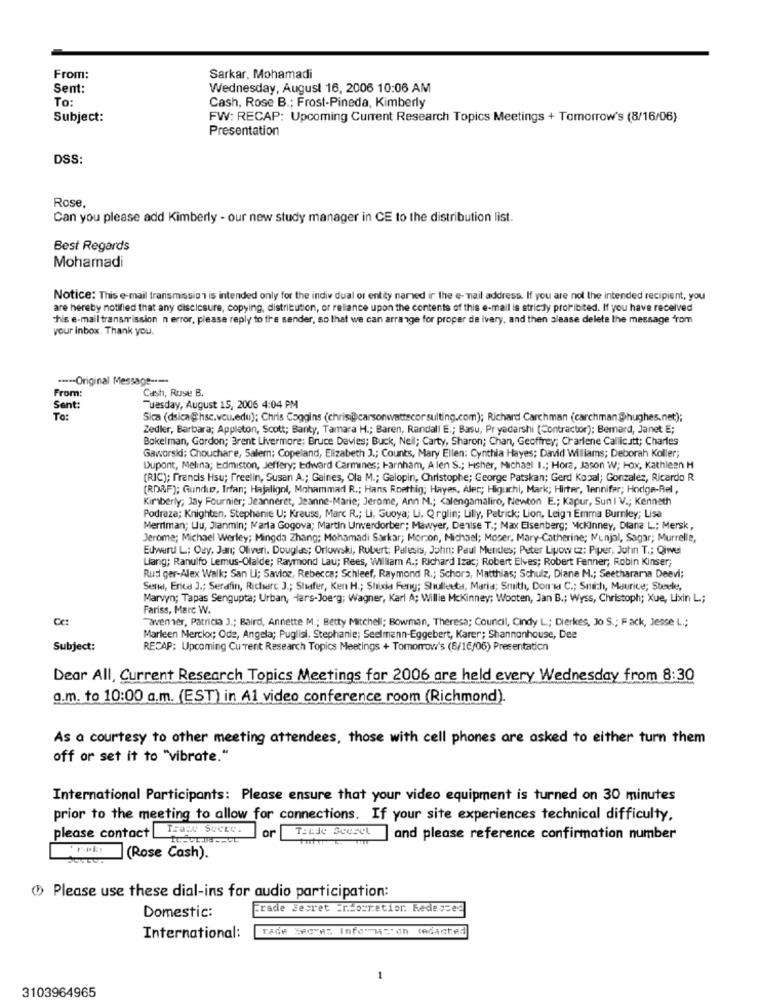
From:
Sarkar, Mohamadi
Sent:
Wednesday, August 16, 2006 10:06 AM
To:
Cash, Rose B .; Frost-Pineda, Kimberly
Subject:
FW: RECAP: Upcoming Current Research Topics Meetings + Tomorrow's (8/16/06)
Presentation
DSS:
Rose,
Can you please add Kimberly - our new study manager in CE to the distribution list.
Best Regards
Mohamadi
Notice: This e-mail transmission is intended only for the indiv dual or entity named ir the e- mail address. If you are not the intended recipient, you
are hereby notified that any disclosure, copying, distribution, or reliance upon the contents of this e-mail is strictly prohibited. If you have received
This e-mail transmission n error, please reply to the sender, so that we can arrange for proper de ivery, and then alease delete the message "rom
your inbox. Thank you.
***-- Original Message ----
From:
Cash, Ruse B.
Sent:
Tuesday, August 15, 2006 4:04 PM
To:
Sica (dsica@hsc.vou.edu); Chris Coggins (chris@carsonwattscor sulting.com); Richard Carchman (carchman@hughes.net);
Zedler, Barbara; Appleton, Scott; Banty, Tamara H .; Baren, Randall E .; Basu, Pr yadarshi (Contractor); Bemard, Janet E;
Bokelman, Gordon; Brent Livermore; Bruce Davies; Buck, Neil; Carty, Sharon; Chan, Geoffrey; Charlene Callicutt; Charles
Gaworski: Chouchare, Salem; Copeland, Elizabeth J .; Counts, Mary Ellen: Cynthia Hayes; David Williams; Deborah Koller;
Dupont, Melina; Edmiston, Jeffery; Edward Carmines; Farnham, A len S .; Hsher, Michael I .; Hora, Jason W; HOx, Kathleen H
(RIC); francis Hsu; freelin, Susan A .; Gaines, Ola M .; Galopin, Christophe; George Patskan; Gerd Kopal; Gonzalez, Ricardo R
(RDRF); Gundup, Irfan; Hajaligol, Mohammad R .; Hans Roethig; Hayas, Alec; Higuchi, Mark; Hirter, lennifar; Hodge-Rel,
Kimberly; Jay Fournier; Jeanneret, Jeanne-Marie; Jerome, Ann M .; < alengamaliro, Newton E .; Kapur, Sun I V .; Kenneth
Podraza; Knighten, Stephanie U; Krauss, Marc R .; Li, Suoya; Li, Q rglin; Lilly, Patrick; Lion, Leigh Emma Burnley; Lisa
Merriman; Llu, Jianmin; Marta Gogova; Martin Unwerdorber; Mawyer, Denise T .; Max Eisenberg; Mckinney, Diana L; Mersk,
Jerome; Michael Werley; Mingda Zhang; Mohamadi Sarkar; Morzon, Michael; Moser, Mary-Catherine; Munjal, Sagar; Murrelle,
Edward L; Ouy, Janı; Oliveri, Douglas; Orlowski, Rubert; Palesis, John; Paul Mendes; Peter Lipow cz; Piper, John T .; Qiwel
Liang; Ranulfo Lemus-Olalde; Raymond Lau; Rees, William A .; Richard Izac; Robert Elves; Robert Fenner, Robin Kinser;
Rudi ger-Alex Walk; San Li; Savioz, Rebecca; Schleef, Raymond R .; Schors, Matthias; Schulz, Diane M .; Seetharama Deevi;
Sene, Erica J .; Serafin, Richarc 3 .; Shafer, Ken H .; Shixia Feng; Shulleeta, Maria; Smith, Don's C .; Sınızhı, Maurice; Steele,
Marvyn; Tapas Sengupta; Urban, Hars-Joerg; Wagner, Karl A; Willie Mckinney; Wooten, Jan B .; Wyss, Christoph; Xue, Lixin L;
Fariss, Marc W.
Cc:
"avenner, Patricia J .; Baird, Annette M .; Betty Mitchell; Bowman, Theresa; Council, Cindy L .; Dierkes, Jo S .; Fack, Jesse L .;
Marleen Merckx; Ode, Angela; Puglisi, Stephanie; Seelmann-Eggebert, Karer; Shannonhouse, Dee
Subject:
RECAP: Upcoming Current Research Topics Meetings + Tomorrow's (6/16/06) Presentation
Dear All, Current Research Topics Meetings for 2006 are held every Wednesday from 8:30
a.m. to 10:00 a.m. (EST) in Al video conference room (Richmond).
As a courtesy to other meeting attendees, those with cell phones are asked to either turn them
off or set it to "vibrate."
International Participants: Please ensure that your video equipment is turned on 30 minutes
prior to the meeting to allow for connections. If your site experiences technical difficulty,
please contact TEa20 SUCEO.
or
Tande Seesel and please reference confirmation number
(Rose Cash).
Please use these dial-ins for audio participation:
Frade Secret =niosratior. Redessed
Domestic:
TAde Secvez Infomuzcon tedacted
International:
3103964965